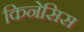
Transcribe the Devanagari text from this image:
किनेसिस